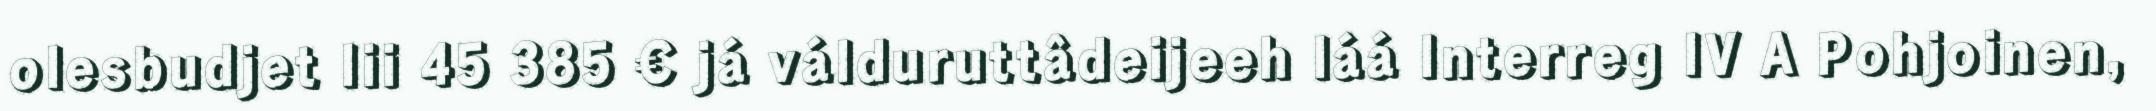
olesbudjet lii 45 385 € já válduruttâdeijeeh láá Interreg IV A Pohjoinen,